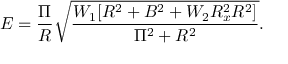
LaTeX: E = \frac { \Pi } { R } \sqrt { \frac { W _ { 1 } [ R ^ { 2 } + B ^ { 2 } + W _ { 2 } R _ { x } ^ { 2 } R ^ { 2 } ] } { \Pi ^ { 2 } + R ^ { 2 } } } .